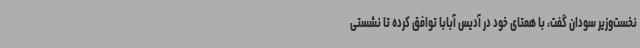
نخست‌وزیر سودان گفت، با همتای خود در آدیس آبابا توافق کرده تا نشستی